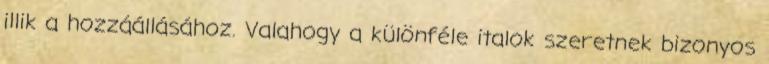
illik a hozzáállásához. Valahogy a különféle italok szeretnek bizonyos